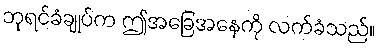
ဘုရင်ခံချုပ်က ဤအခြေအနေကို လက်ခံသည်။